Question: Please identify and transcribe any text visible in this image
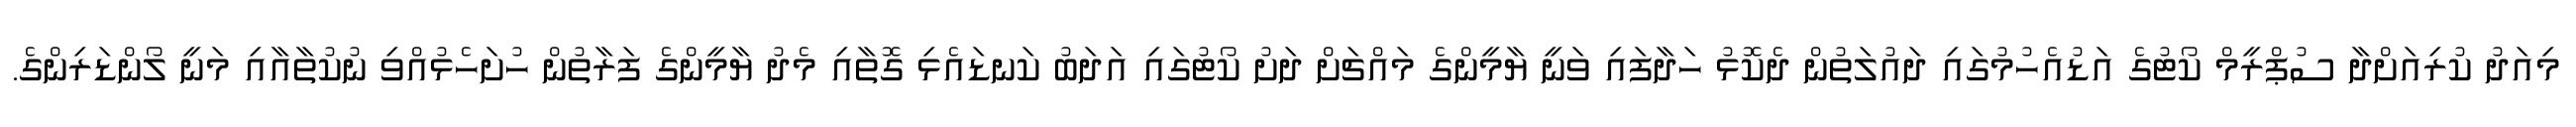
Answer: މިއަދު ކުރިއަށްދާ ސުޕްރީމް ކޯޓުގެ އަޑުއެހުމުގައި ދައުލަތުން ދެކޮޅު ހަދާފައި ވަނީ ޔާމީންގެ މައްޗަށް ދަށު ކޯޓުގައި އަދަބު ކަނޑައެޅި ގޮތާއި މެދު ޔާމީންގެ ފަރާތުން ހުށަހެޅުއްވި ނުކުތާއާއި މަނީ ލޯންޑަރިންގެ.